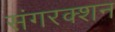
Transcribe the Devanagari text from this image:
संगरक्शन